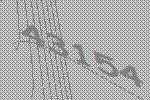
43154